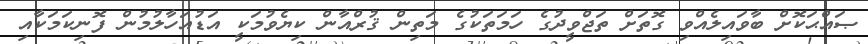
ޞައްޙަކޮށް ބާވައިލެއްވި ގޮތަށް ތަޖްވީދުގެ ހަމަތަކުގެ މަތިން ޤުރްއާން ކިޔެވުމަކީ އަޑުއަހާލުމުން ފޮނިކަމަކާއި